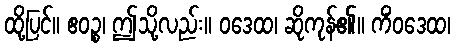
ထို့ပြင်။ ဧဝဉ္စ၊ ဤသို့လည်း။ ဝဒေထ၊ ဆိုကုန်၏။ ကိံဝဒေထ၊